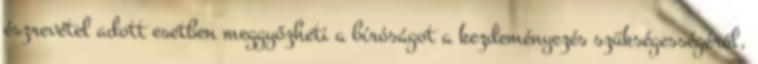
észrevétel adott esetben meggyőzheti a bíróságot a kezdeményezés szükségességéről,